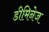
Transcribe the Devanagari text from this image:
डीमिनेज